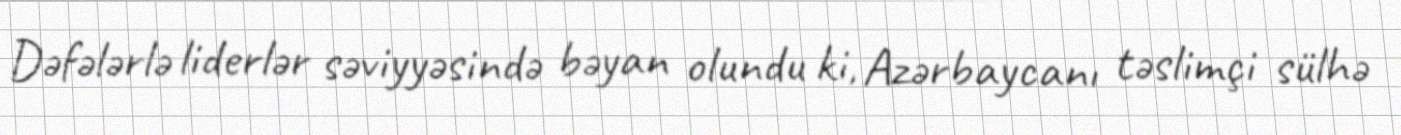
Dəfələrlə liderlər səviyyəsində bəyan olundu ki, Azərbaycanı təslimçi sülhə